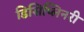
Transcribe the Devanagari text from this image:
डिसिप्लिनरी